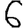
Digit: 6